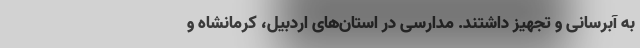
به آبرسانی و تجهیز داشتند. مدارسی در استان‌های اردبیل، کرمانشاه و